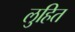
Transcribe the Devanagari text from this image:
लुहित